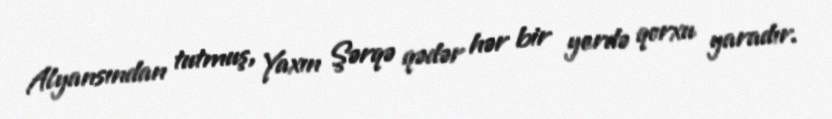
Alyansından tutmuş, Yaxın Şərqə qədər hər bir yerdə qorxu yaradır.